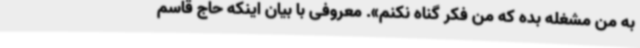
به من مشغله بده که من فکر گناه نکنم». معروفی با بیان اینکه حاج قاسم